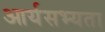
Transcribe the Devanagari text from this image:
आर्यसभ्यता